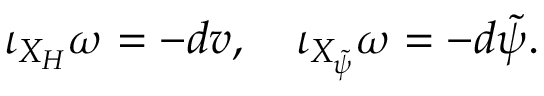
\iota _ { X _ { H } } \omega = - d v , \quad \iota _ { X _ { \tilde { \psi } } } \omega = - d \tilde { \psi } .